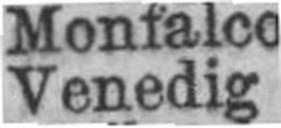
Venedig